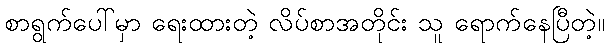
စာရွက်ပေါ်မှာ ရေးထားတဲ့ လိပ်စာအတိုင်း သူ ရောက်နေပြီတဲ့။